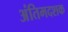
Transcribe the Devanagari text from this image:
अंतिमदशक